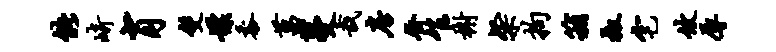
能崎肖双嫖黍菖蔓哉房齐乍榭粲拘箱椒宅攸辱